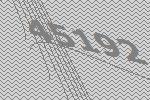
45192